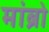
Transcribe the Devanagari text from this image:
मांब्रो